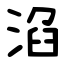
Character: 淊